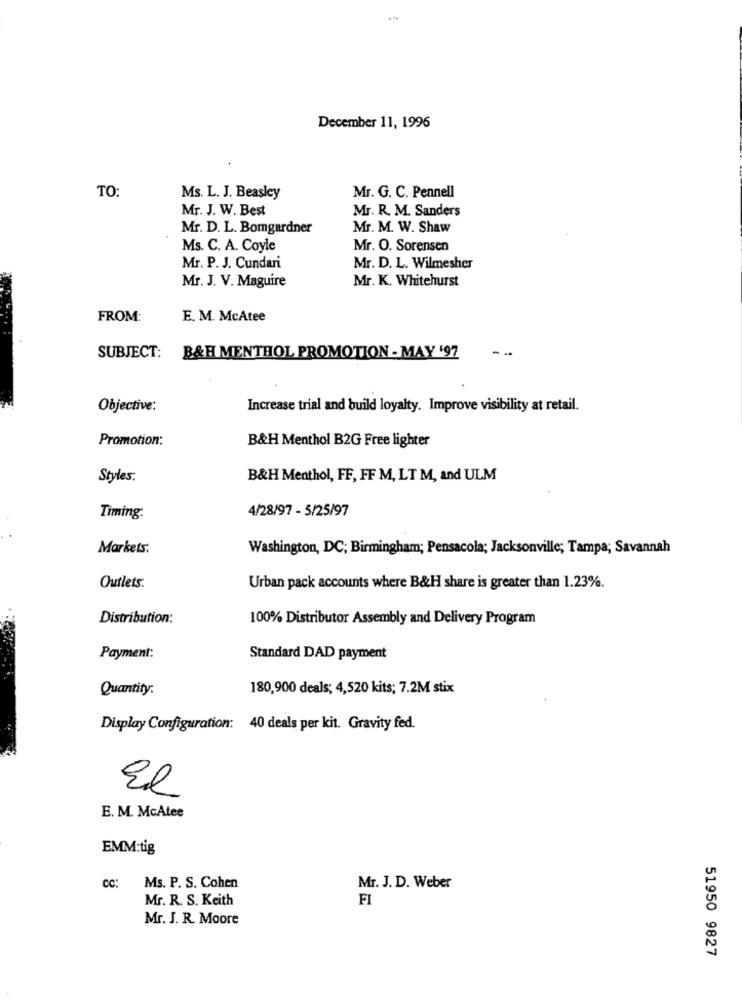
December 11, 1996
TO:
Ms. L. J. Beasley
Mr. G. C. Pennell
Mr. J. W. Best
Mr. R. M. Sanders
Mr. D. L. Bomgardner
Mr. M. W. Shaw
Ms. C. A. Coyle
Mr. O. Sorensen
Mr. P. J. Cundari
Mr. D. L. Wilmesher
Mr. J. V. Maguire
Mr. K. Whitehurst
FROM:
E. M. McAtee
- ..
SUBJECT:
B&H MENTHOL PROMOTION - MAY '97
Objective:
Increase trial and build loyalty. Improve visibility at retail.
Promotion:
B&H Menthol B2G Free lighter
Styles.
B&H Menthol, FF, FF M, LT M, and ULM
4/28/97 - 5/25/97
Timing.
Markets.
Washington, DC; Birmingham; Pensacola; Jacksonville; Tampa; Savannah
Outlets.
Urban pack accounts where B&H share is greater than 1.23%.
Distribution:
100% Distributor Assembly and Delivery Program
Payment:
Standard DAD payment
Quantity:
180,900 deals; 4,520 kits; 7.2M stix
Display Configuration: 40 deals per kit. Gravity fed.
El
E. M. McAtee
EMM:tig
CC:
Ms. P. S. Cohen
Mr. J. D. Weber
Mr. R. S. Keith
FI
Mr. J. R. Moore
51950 9827